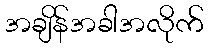
အချိန်အခါအလိုက်